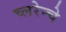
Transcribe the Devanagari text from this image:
च्लरेन्चे